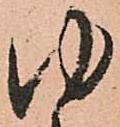
ゆ